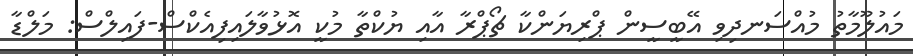
މައުލޫމާތު މުއްސަނދިވި އޭބީސީން ޕްރިޔަންކާ ޗޯޕްރާ އާއި ޔުކްތާ މުކީ އޮޅުވާލައިފިއެކްސް-ފައިލްސް: މަލްޑާ